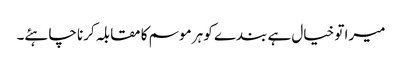
میرا تو خیال ہے بندے کو ہر موسم کا مقابلہ کرنا چاہئے۔